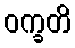
ဝက္ခတိ